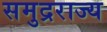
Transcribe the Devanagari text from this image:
समुद्रराज्य